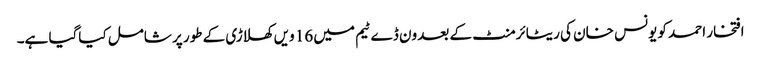
افتخار احمد کو یونس خان کی ریٹائرمنٹ کے بعد ون ڈے ٹیم میں 16 ویں کھلاڑی کے طور پر شامل کیاگیا ہے۔